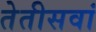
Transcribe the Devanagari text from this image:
तेतीसवां